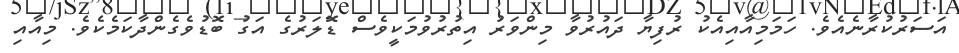
އަސަރުކުރާނެއެވެ. ހަމަމިއާއިއެކު ރުފިޔާ ދައުރުވާ މިންވަރު އިތުރުވުމަކީވެސް ޑޮލަރުގެ އަގު ބޮޑުވެގެންދާކަމެކެވެ. މިއާއި